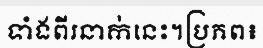
ទាំងពីរនាក់នេះ។ប្រភព៖